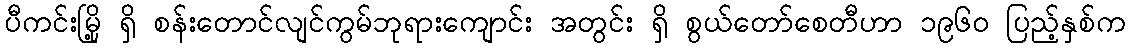
ပီကင်းမြို့ ရှိ စန်းတောင်လျင်ကွမ်ဘုရားကျောင်း အတွင်း ရှိ စွယ်တော်စေတီဟာ ၁၉၆၀ ပြည့်နှစ်က